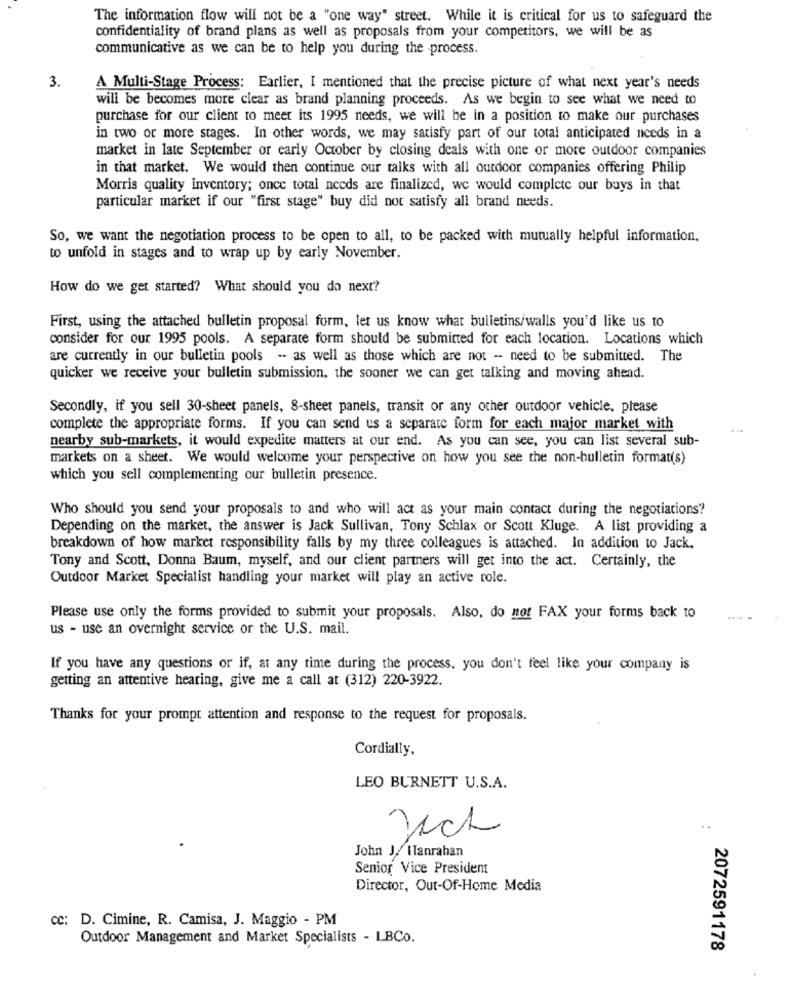
The information flow will not be a "one way" street. While it is critical for us to safeguard the
confidentiality of brand plans as well as proposals from your competitors, we will be as
communicative as we can be to help you during the -process.
3.
A Multi-Stage Process: Earlier, I mentioned that the precise picture of what next year's needs
will be becomes more clear as brand planning proceeds. As we begin to see what we need to
purchase for our client to meet its 1995 needs, we will be in a position to make our purchases
in two or more stages. In other words, we may satisfy part of our total anticipated needs in a
market in late September or early October by closing deals with one or more outdoor companies
in that market. We would then continue our talks with all outdoor companies offering Philip
Morris quality inventory; once total needs are finalized, we would complete our buys in that
particular market if our "first stage" buy did not satisfy all brand needs.
So, we want the negotiation process to be open to all, to be packed with mutually helpful information.
to unfold in stages and to wrap up by early November.
How do we get started? What should you do next?
First, using the attached bulletin proposal form, let us know what bulletins/walls you'd like us to
consider for our 1995 pools. A separate form should be submitted for each location. Locations which
are currently in our bulletin pools - as well as those which are not - need to be submitted. The
quicker we receive your bulletin submission, the sooner we can get talking and moving ahead.
Secondly, if you sell 30-sheet panels, 8-sheet panels, transit or any other outdoor vehicle, please
complete the appropriate forms. If you can send us a separate form for each major market with
nearby sub-markets, it would expedite matters at our end. As you can see, you can list several sub-
markets on a sheet. We would welcome your perspective on how you see the non-bulletin format(s)
which you sell complementing our bulletin presence.
Who should you send your proposals to and who will act as your main contact during the negotiations?
Depending on the market, the answer is Jack Sullivan, Tony Schlax or Scott Kluge. A list providing a
breakdown of how market responsibility falls by my three colleagues is attached. In addition to Jack.
Tony and Scott, Donna Baum, myself, and our client partners will get into the act. Certainly, the
Outdoor Market Specialist handling your market will play an active role.
Please use only the forms provided to submit your proposals. Also, do not FAX your forms back to
us - use an overnight service or the U.S. mail.
If you have any questions or if, at any time during the process, you don't feel like your company is
getting an attentive hearing, give me a call at (312) 220-3922.
Thanks for your prompt attention and response to the request for proposals.
Cordially,
LEO BURNETT U.S.A.
Jich
John J. ITanrahan
Senior Vice President
Director, Out-Of-Home Media
cc: D. Cimine, R. Camisa, J. Maggio - PM
Outdoor Management and Market Specialists - LBCo.
2072591178